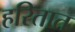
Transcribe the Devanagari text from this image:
हरितात